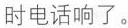
时电话响了。